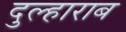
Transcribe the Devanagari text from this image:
दुल्हाराब